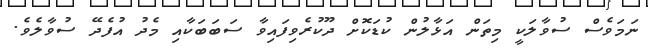
ނަމަވެސް ސުވާލަކީ މިތަން އަޅާލުން ކުޑަކޮށް ދޫކުރެވިފައިވާ ސަބަބަކާއި މެދު އުފެދޭ ސުވާލެވެ.